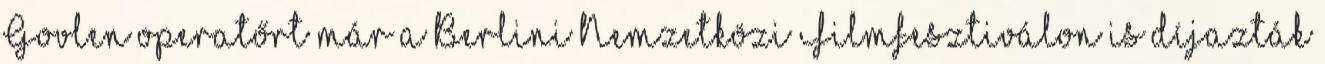
Govlen operatőrt már a Berlini Nemzetközi Filmfesztiválon is díjazták